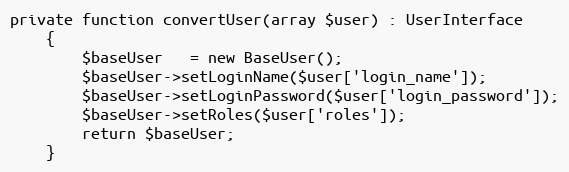
Language: PHP
private function convertUser(array $user) : UserInterface
    {
        $baseUser   = new BaseUser();
        $baseUser->setLoginName($user['login_name']);
        $baseUser->setLoginPassword($user['login_password']);
        $baseUser->setRoles($user['roles']);
        return $baseUser;
    }